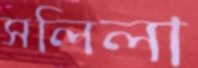
সলিলা